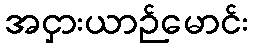
အငှားယာဉ်မောင်း